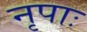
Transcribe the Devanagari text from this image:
नृपाः